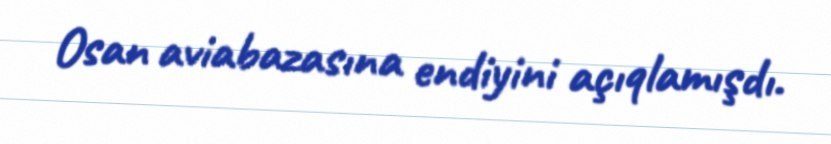
Osan aviabazasına endiyini açıqlamışdı.